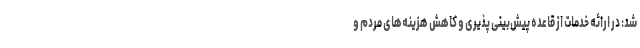
شد: در ارائه خدمات از قاعده پیش‌بینی پذیری و کاهش هزینه‌های مردم و